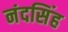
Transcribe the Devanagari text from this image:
नंदसिंह